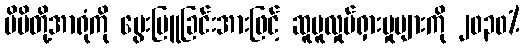
မိမိတို့အာရုံကို မွေးမြူခြင်းအားဖြင့် ဆူပူလှုပ်ရှားမှုများကို ၂၀၃၀%